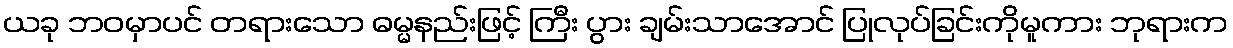
ယခု ဘဝမှာပင် တရားသော ဓမ္မနည်းဖြင့် ကြီး ပွား ချမ်းသာအောင် ပြုလုပ်ခြင်းကိုမူကား ဘုရားက